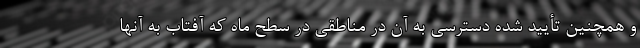
و همچنین تأیید شده دسترسی به آن در مناطقی در سطح ماه که آفتاب به آنها